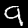
Digit: 9